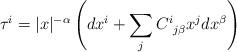
LaTeX: \begin{align*} \tau^i = |x|^{- \alpha}\left( dx^i + \sum_j C^i_{\: \: j \beta} x^j dx^\beta \right)\end{align*}